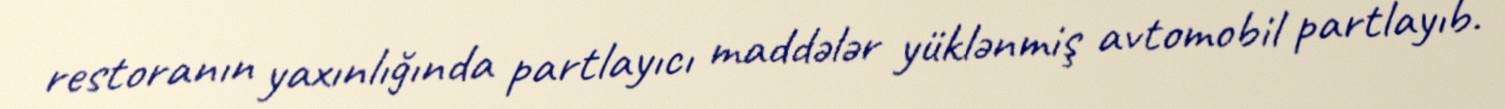
restoranın yaxınlığında partlayıcı maddələr yüklənmiş avtomobil partlayıb.